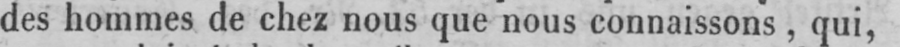
des hommes de chez nous que nous connaissons, qui,